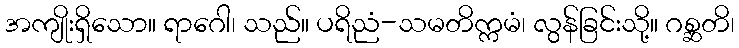
အကျိုးရှိသော။ ရာဂေါ၊ သည်။ ပရိညံ-သမတိက္ကမံ၊ လွန်ခြင်းသို့။ ဂစ္ဆတိ၊